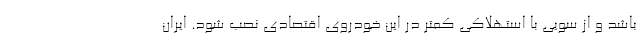
باشد و از سویی با استهلاکی کمتر در این خودروی اقتصادی نصب شود. ایران